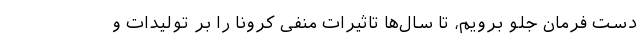
دست فرمان جلو برویم، تا سال‌ها تاثیرات منفی کرونا را بر تولیدات و